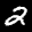
Label: 2